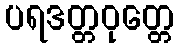
ပရဒတ္တဝုတ္တေ